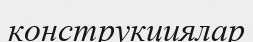
конструкциялар